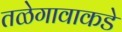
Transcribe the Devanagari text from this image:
तळेगावाकडे